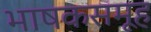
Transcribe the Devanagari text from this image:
भाषकसमूह